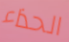
الحذاء